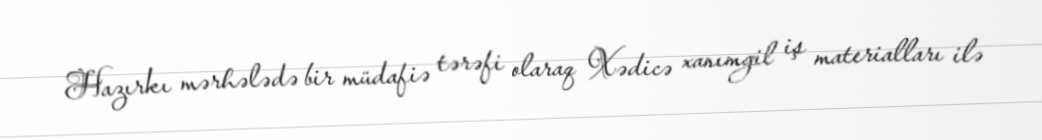
Hazırkı mərhələdə bir müdafiə tərəfi olaraq Xədicə xanımgil iş materialları ilə